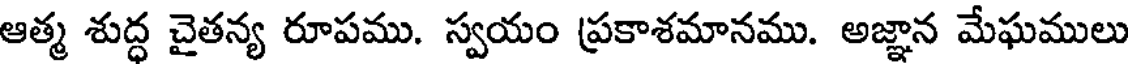
ఆత్మ శుద్ధ చైతన్య రూపము. స్వయం ప్రకాశమానము. అజ్ఞాన మేఘములు